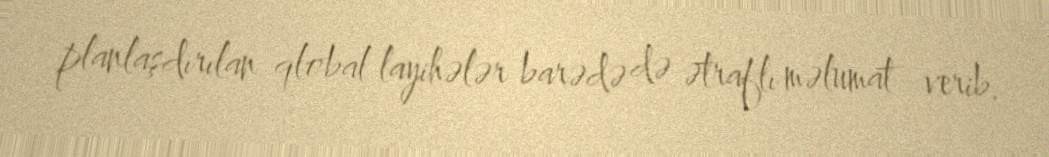
planlaşdırılan qlobal layihələr barədə də ətraflı məlumat verib.